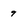
Character: 9